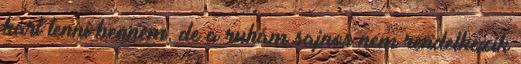
kárt tenni bennem, de a ruhám sajnos nem rendelkezik